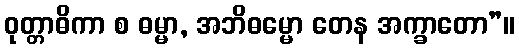
ဝုတ္တာဓိကာ စ ဓမ္မာ, အဘိဓမ္မော တေန အက္ခာတော”။